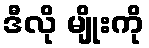
ဒီလို မျိုးကို